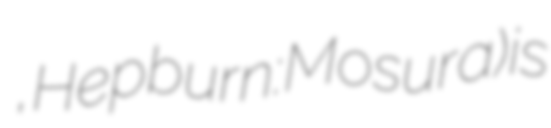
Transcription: モスラ, Hepburn: Mosura) is